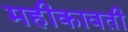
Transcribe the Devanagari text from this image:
महीकावती